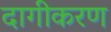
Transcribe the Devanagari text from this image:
दागीकरण